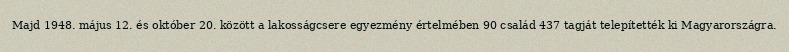
Majd 1948. május 12. és október 20. között a lakosságcsere egyezmény értelmében 90 család 437 tagját telepítették ki Magyarországra.